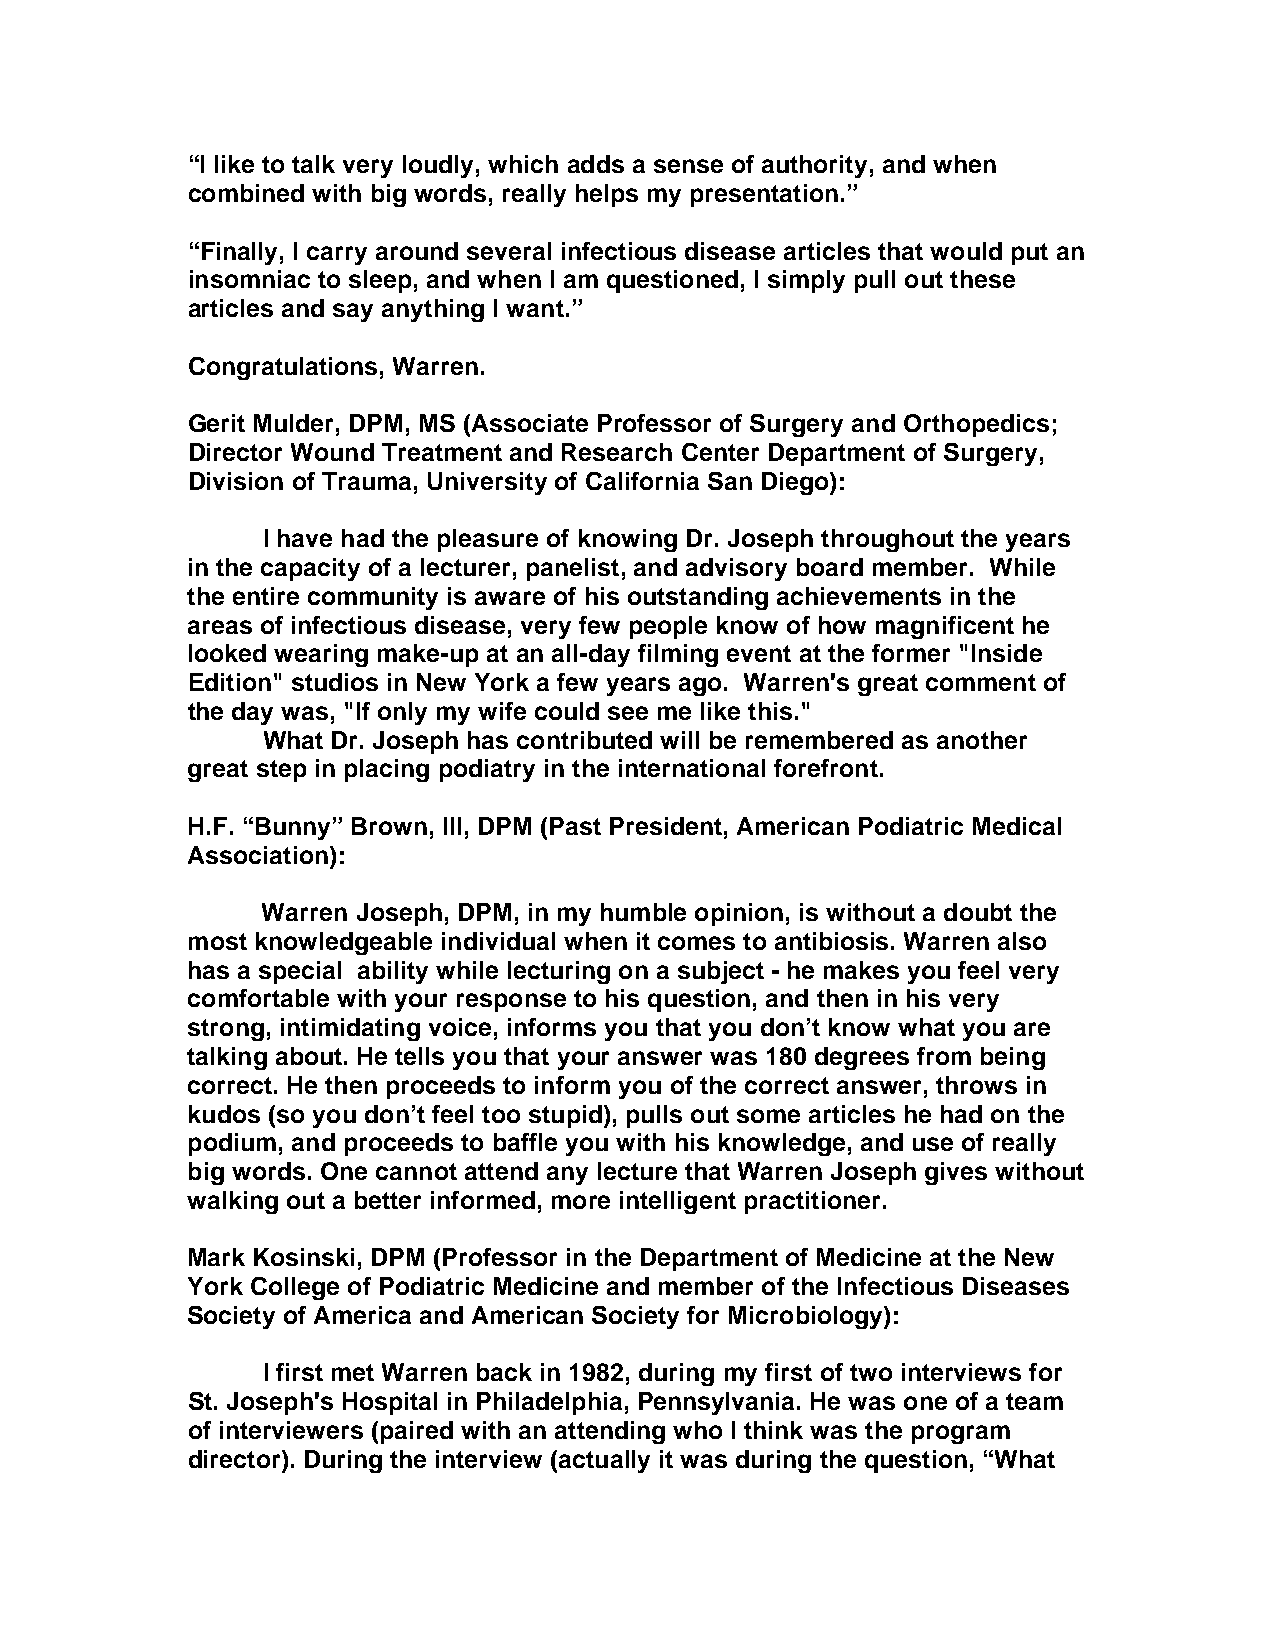
“I like to talk very loudly, which adds a sense of authority, and when
 combined with big words, really helps my presentation.”
 “Finally, I carry around several infectious disease articles that would put an
 insomniac to sleep, and when I am questioned, I simply pull out these
 articles and say anything I want.”
 Congratulations, Warren.
 Gerit Mulder, DPM, MS (Associate Professor of Surgery and Orthopedics;
 Director Wound Treatment and Research Center Department of Surgery,
 Division of Trauma, University of California San Diego):
 I have had the pleasure of knowing Dr. Joseph throughout the years
 in the capacity of a lecturer, panelist, and advisory board member. While
 the entire community is aware of his outstanding achievements in the
 areas of infectious disease, very few people know of how magnificent he
 looked wearing make-up at an all-day filming event at the former "Inside
 Edition" studios in New York a few years ago. Warren's great comment of
 the day was, "If only my wife could see me like this."
 What Dr. Joseph has contributed will be remembered as another
 great step in placing podiatry in the international forefront.
 H.F. “Bunny” Brown, III, DPM (Past President, American Podiatric Medical
 Association):
 Warren Joseph, DPM, in my humble opinion, is without a doubt the
 most knowledgeable individual when it comes to antibiosis. Warren also
 has a special ability while lecturing on a subject - he makes you feel very
 comfortable with your response to his question, and then in his very
 strong, intimidating voice, informs you that you don’t know what you are
 talking about. He tells you that your answer was 180 degrees from being
 correct. He then proceeds to inform you of the correct answer, throws in
 kudos (so you don’t feel too stupid), pulls out some articles he had on the
 podium, and proceeds to baffle you with his knowledge, and use of really
 big words. One cannot attend any lecture that Warren Joseph gives without
 walking out a better informed, more intelligent practitioner.
 Mark Kosinski, DPM (Professor in the Department of Medicine at the New
 York College of Podiatric Medicine and member of the Infectious Diseases
 Society of America and American Society for Microbiology):
 I first met Warren back in 1982, during my first of two interviews for
 St. Joseph's Hospital in Philadelphia, Pennsylvania. He was one of a team
 of interviewers (paired with an attending who I think was the program
 director). During the interview (actually it was during the question, “What